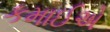
કમાઈએ